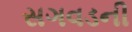
સગવડની